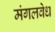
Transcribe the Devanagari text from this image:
मंगलवेध